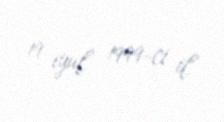
19 iyul 1999-ci il